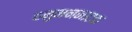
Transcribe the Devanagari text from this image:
हनुमननाटक